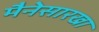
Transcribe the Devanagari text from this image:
मैनेसारखा